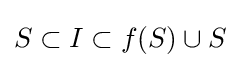
S\subset I\subset f(S)\cup S